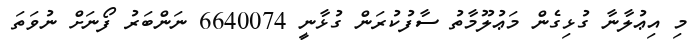
މި އިޢުލާނާ ގުޅިގެން މަޢުލޫމާތު ސާފުކުރަން ގުޅާނީ 6640074 ނަންބަރު ފޯނަށް ނުވަތަ